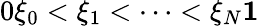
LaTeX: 0\le\xi_{0}<\xi_{1}<\cdots<\xi_{N}\le 1